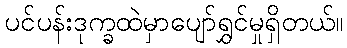
ပင်ပန်းဒုက္ခထဲမှာပျော်ရွှင်မှုရှိတယ်။